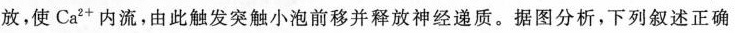
放，使Ca^{2+}内流，由此触发突触小泡前移并释放神经递质。据图分析，下列叙述正确